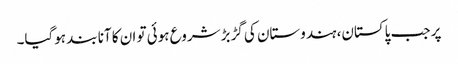
پر جب پاکستان، ہندوستان کی گڑبڑ شروع ہوئی تو ان کا آنا بند ہوگیا۔